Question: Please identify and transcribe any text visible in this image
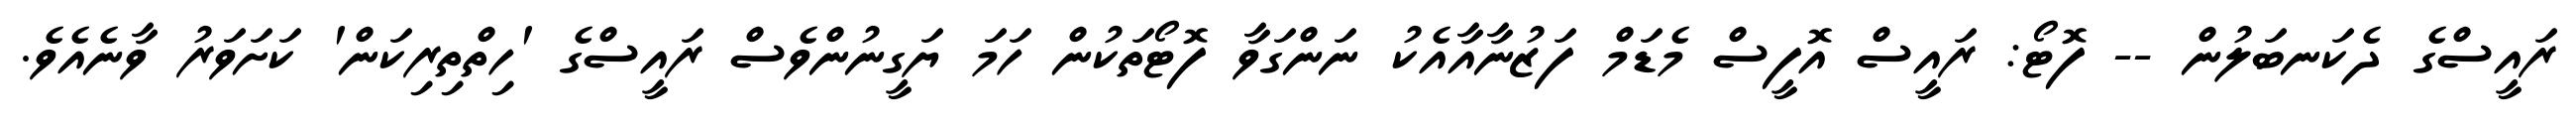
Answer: ރައީސްގެ ދެކަނބަލުން -- ފޮޓޯ: ރައީސް އޮފީސް މެޑަމް ފަޒުނާއާއެކު ނަންގަވާ ފޮޓޯތަކުން ހަމަ ޔަގީނުންވެސް ރައީސްގެ 'ހިތްތިރިކަން' ކަށަވަރު ވާނެއެވެ.